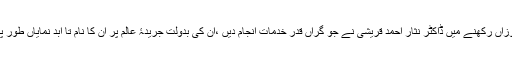
اس شمع کو فروزاں رکھنے میں ڈاکٹر نثار احمد قریشی نے جو گراں قدر خدمات انجام دیں ،ان کی بدولت جریدۂ عالم پر ان کا نام تا ابد نمایاں طور پر ثبت رہے گا۔